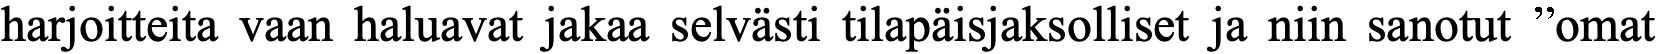
harjoitteita vaan haluavat jakaa selvästi tilapäisjaksolliset ja niin sanotut ”omat